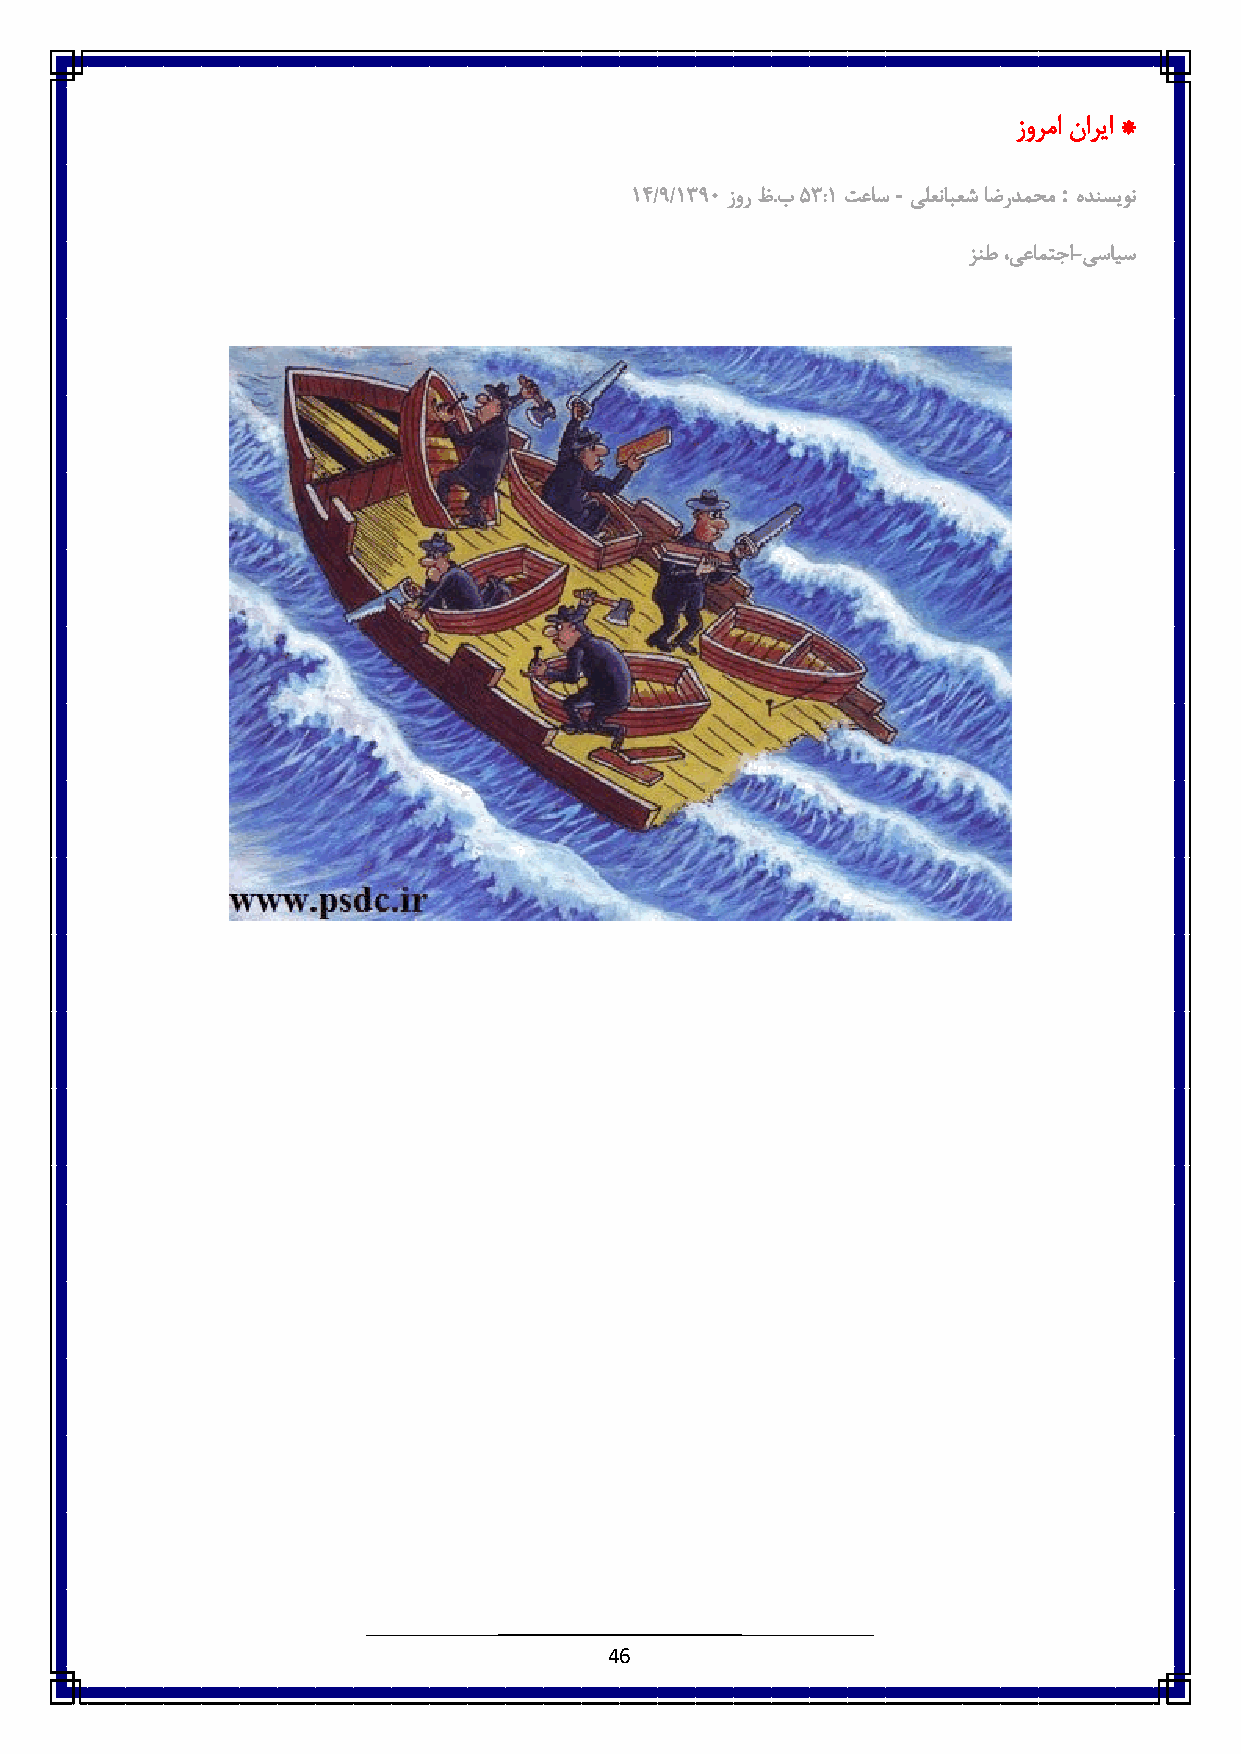
زورما ناریا *
 -          :
 6٠/3/683٥ زور ظ.ب٠ 8:6 تعاس یلعنابعش اضردمحم هدنسیون
 زنط،یعامتجا-یسایس
 46